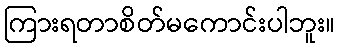
ကြားရတာစိတ်မကောင်းပါဘူး။